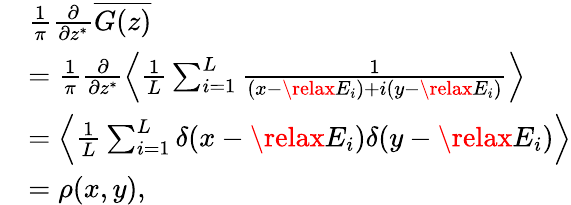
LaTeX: \begin{array}{rl}&{\frac{1}{\pi}\frac{\partial}{\partial z^{\ast}}\overline{{G(z)}}}\\ &{=\frac{1}{\pi}\frac{\partial}{\partial z^{\ast}}\left<\frac{1}{L}\sum_{i=1}^{L}\frac{1}{(x-\relax E_{i})+i(y-\relax E_{i})}\right>}\\ &{=\left<\frac{1}{L}\sum_{i=1}^{L}\delta(x-\relax E_{i})\delta(y-\relax E_{i})\right>}\\ &{=\rho(x,y),}\end{array}